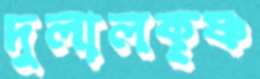
দুলালকৃষ্ণ